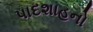
પાદશાહનો